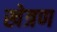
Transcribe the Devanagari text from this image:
खेत्रण